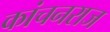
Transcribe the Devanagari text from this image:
कांचनराज